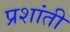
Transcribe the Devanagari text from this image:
प्रशांती